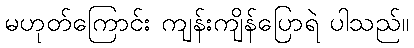
မဟုတ်ကြောင်း ကျန်းကျိန်ပြောရဲ ပါသည်။